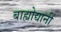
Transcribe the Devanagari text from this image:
बाह्योद्यानीं